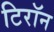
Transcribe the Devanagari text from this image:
टिरॉन